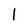
Character: l